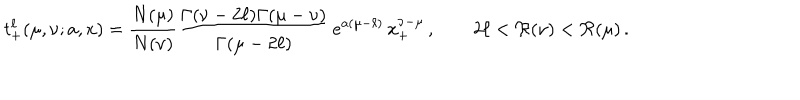
t _ { + } ^ { \ell } ( \mu , \nu ; a , x ) = \frac { N ( \mu ) } { N ( \nu ) } \frac { \Gamma ( \nu - 2 \ell ) \Gamma ( \mu - \nu ) } { \Gamma ( \mu - 2 \ell ) } \, e ^ { a ( \mu - \ell ) } \, x _ { + } ^ { \nu - \mu } \, , \qquad 2 \ell < \Re ( \nu ) < \Re ( \mu ) \, .